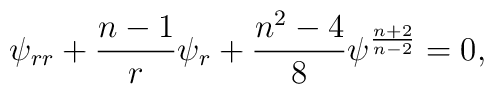
\psi_{rr}+{{n-1}\over r}\psi_r+{{n^2-4}\over 8}\psi^{{n+2}\over{n-2}}=0,